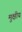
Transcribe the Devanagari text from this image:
मुक्षीय